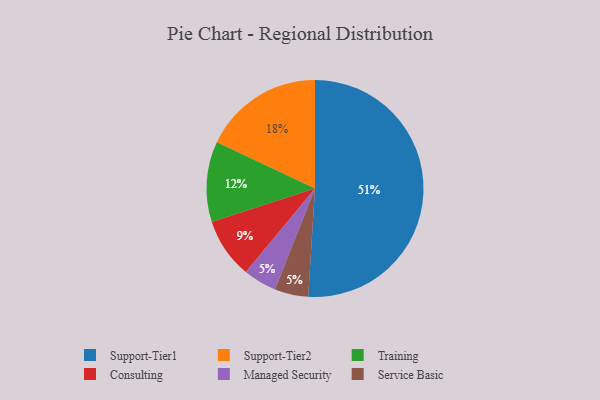
{"axis": {"x": "Category", "y": "Percentage"}, "legend": ["Consulting", "Managed Security", "Service Basic", "Support-Tier1", "Support-Tier2", "Training"], "data": [{"x": "Support-Tier2", "y": 18, "type": "Support-Tier2"}, {"x": "Managed Security", "y": 5, "type": "Managed Security"}, {"x": "Support-Tier1", "y": 51, "type": "Support-Tier1"}, {"x": "Service Basic", "y": 5, "type": "Service Basic"}, {"x": "Consulting", "y": 9, "type": "Consulting"}, {"x": "Training", "y": 12, "type": "Training"}]}